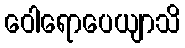
ဝေါရောပေယျာသိ